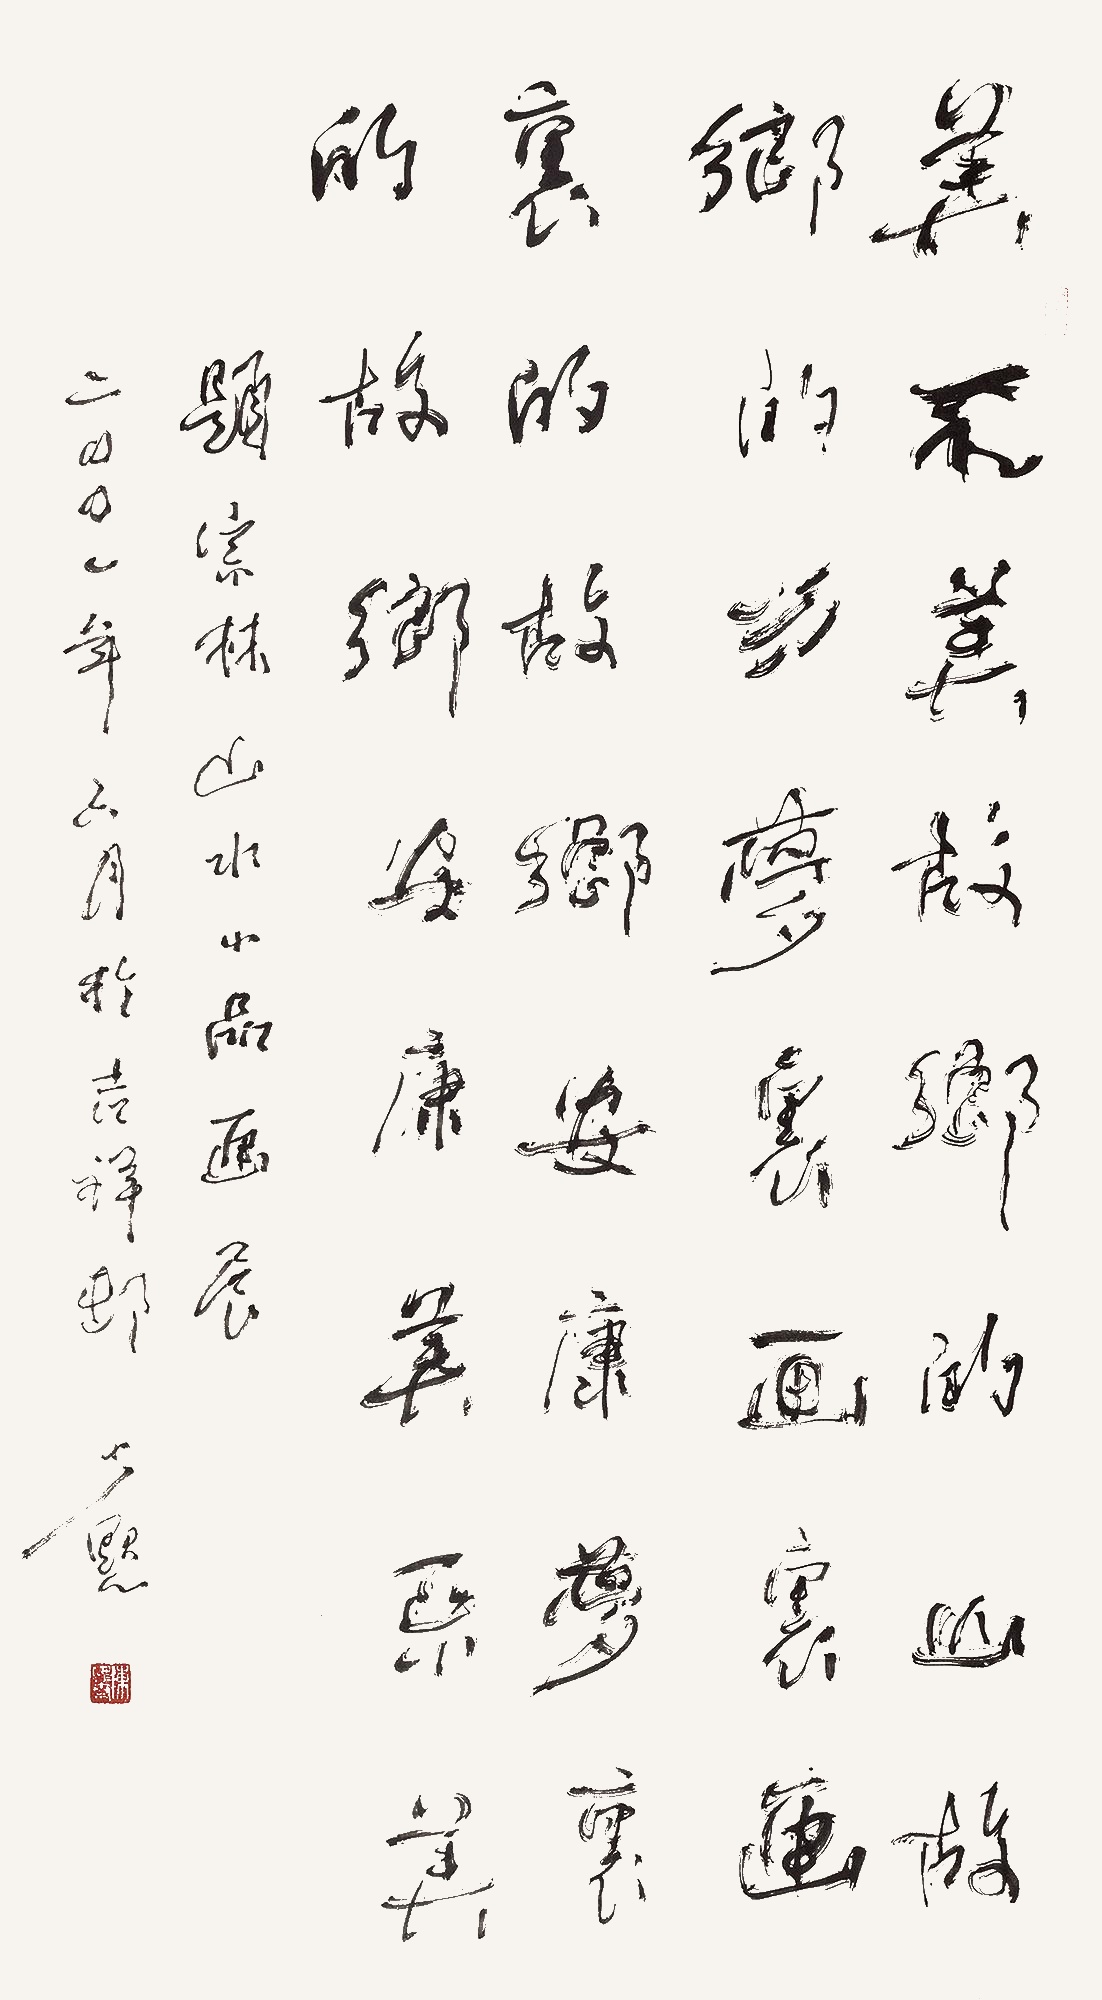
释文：美不美，故乡的山，故乡的水；梦里画里，画里的故乡，安康梦里的故乡，安康美不美。题宗林山水小品画展。二〇〇一年六月于吉祥村，少默。